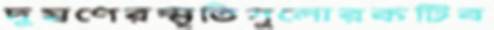
দূষণেরস্মৃতিগুলোরকটিব